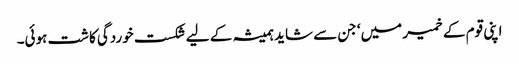
اپنی قوم کے خمیر میں‘ جن سے شاید ہمیشہ کے لیے شکست خوردگی کاشت ہوئی۔